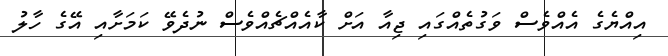
އިއްޔެގެ އެއްވެސް ވަގުތެއްގައި ޖިއާ އަށް ކާއެއްޗެއްވެސް ނުދެވޭ ކަމަށާއި އޭގެ ހާލު